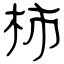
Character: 柿